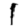
Digit: 1